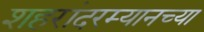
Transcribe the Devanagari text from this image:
शहरांदरम्यानच्या